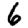
Digit: 6